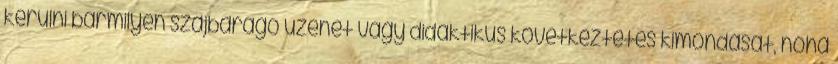
kerülni bármilyen szájbarágó üzenet vagy didaktikus következtetés kimondását, noha